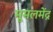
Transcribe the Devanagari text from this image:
मूमलमेंद्र